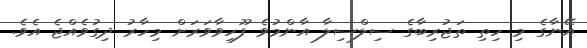
އޭނާގެ މި ހިތި ތަޖުރިބާގެ ސިލްސިލާ އާންމުވެ ފޫހިވާވަރަށް މިހާރު ދިގުވެއްޖެ އެވެ.